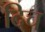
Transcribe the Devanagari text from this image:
दिच